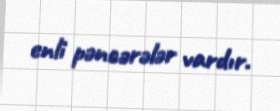
enli pəncərələr vardır.